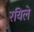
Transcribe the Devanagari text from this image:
रयिले